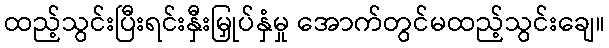
ထည့်သွင်းပြီးရင်းနှီးမြှုပ်နှံမှု အောက်တွင်မထည့်သွင်းချေ။